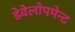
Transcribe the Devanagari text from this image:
डेवेलोपमेन्ट